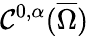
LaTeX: \mathcal{C}^{0,\alpha}({\overline{{{\Omega}}}})